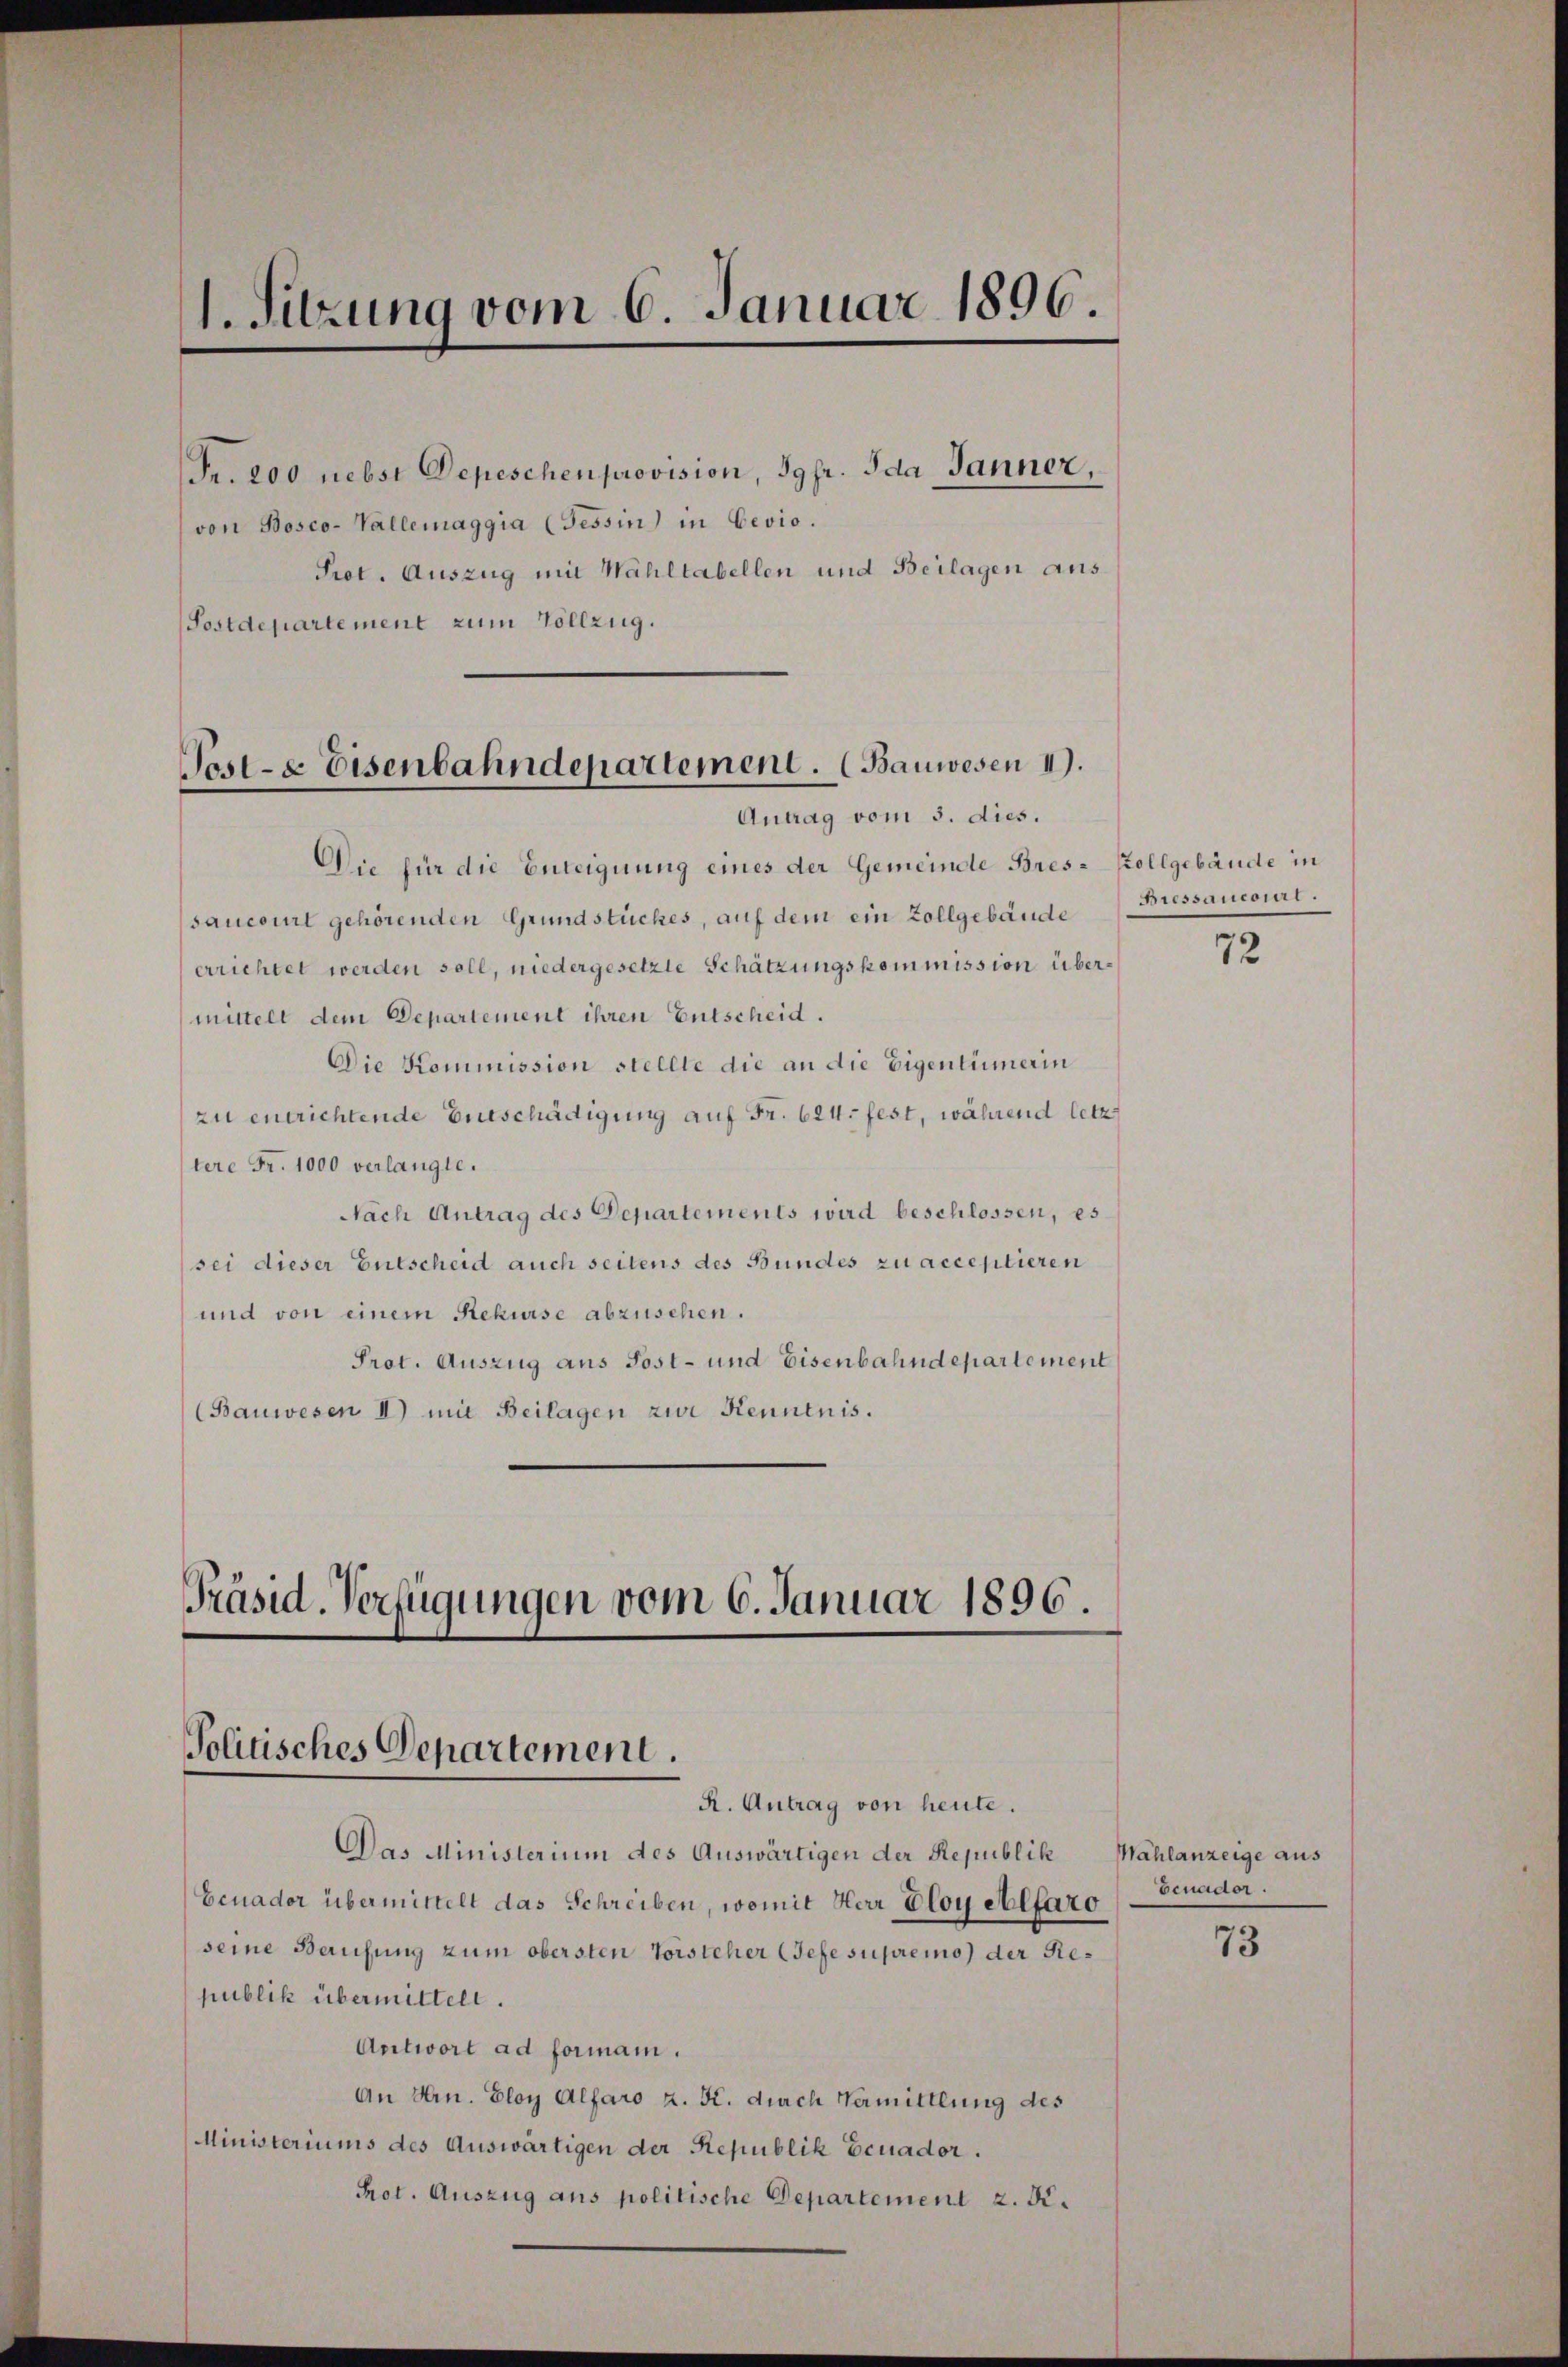
1. Sitzung vom 6. Januar 1896.

Fr. 200 nebst Depeschen provision, Jgfr. Ida Jänner,
von Bosco-Vallemaggia (Tessin) in Gevio.
Prot. Auszug mit Wahltabellen und Beilagen aus
Postdepartement zum Vollzug.

Post- & Eisenbahndepartement. (Bauwesen 1.
Antrag vom 5. dies.

Die für die Enteignung eines der Gemeinde Bres-Kollgebäude in
saucourt gehörenden Grundstückes, auf dem ein Zollgebäude (Bressancoirt.
errichtet werden soll, niedergesetzte Schätzungskommission übermittelt dem Departement ihren Entscheid.
Die Kommission stellte die an die Eigentümerin
zu entrichtende Entschädigung auf Fr. 624. fest, während letz
tere Fr. 1000 verlangte.
Nach Antrag des Departements wird beschlossen, es
sei dieser Entscheid auch seitens des Bundes zu acceptieren
und von einem Rekurse abzusehen.
Prot. Auszug aus Post- und Eisenbahndepartement
(Bauwesen II) mit Beilagen zur Kenntnis.

Präsid. Verfügungen vom 6. Januar 1896.
Politisches Departement.
R. Antrag von heute.

Das Ministerium des Auswärtigen der Republik Wahlanzeige aus
Ecuader übermittelt das Schreiben, womit Herr Bloy Altaro
seine Berufung zum obersten Vorsteher (Sefe supremo) der Republik übermittelt.
Antwort ad forman.
An Hrn. Eloy Alfaro z. K. durch Vermittlung des
MMinisteriums des Auswärtigen der Republik Ecuador.
Prot. Auszug aus politische Departement z. K.

72

Benader.

73